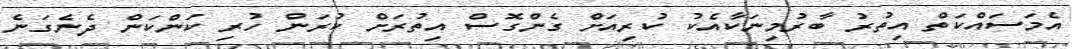
އެމަސައްކަތް އިތުރު ބާރުމިނަކާއެކު ކުރިއަށް ގެންގޮސް އިތުރަށް ކުރަން ހުރި ކަންކަން ދެނެގަނެ